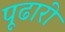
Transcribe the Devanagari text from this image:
पूढारी